Sanitation, dispensaries and jails vaccination Rajputana 1922-1927 - 1922-1927
Year: 1922
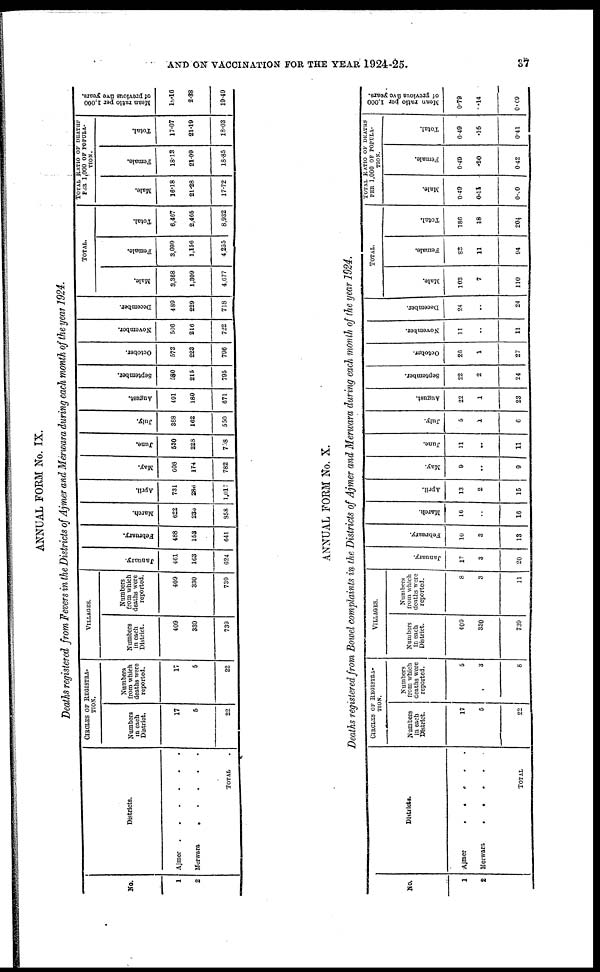
AND ON VACCINATION FOR THE YEAR 1924-25.
37
ANNUAL FORM No. IX.
Deaths registered from Fevers in the Districts of Ajmer and Merwara during each month of the year 1924.
No.
1
2
Districts.
Ajmer.
.
.
.
.
.
Merwara . . . . .
TOTAL .
CIRCLES OF REGISTRA¬
TION.
Numbers
in each
District.
17
5
22
Numbers
from which
deaths were
reported.
17
5
22
VILLAGES.
Numbers
in each
District.
409
330
739
Numbers
from which
deaths were
reported.
409
330
739
January.
461
163
624
February.
488
153
641
March.
622
236
858
April.
731
286
1,017
May.
608
174
782
June.
530
228
758
July.
388
162
550
August.
491
180
671
September.
580
215
795
October.
573
223
796
November.
506
216
722
December.
489
229
718
TOTAL.
Male.
3,368
1,309
4,677
Female.
3,099
1,156
4,255
Total.
6,467
2,465
8,932
TOTAL RATIO OF DEATHS
PER 1,000 OF POPULA¬
TION.
Male.
16.18
21.28
17.72
Female.
18.13
21.09
18.85
Total.
17.07
21.19
18.03
Mean ratio per 1,000
of previous five years.
18.16
2.38
19.49
ANNUAL FORM No. X.
Deaths registered from Bowel complaints in the Districts of Ajmer and Merwara during each month of the year 1924.
No.
1
2
Districts.
Ajmer.
.
.
.
.
Merwara
.
.
.
.
.
TOTAL
CIRCLES OF REGISTRA¬
TION.
Numbers
in each
District.
17
5
22
Numbers
from which
deaths were
reported.
5
3
8
VILLAGES.
Numbers
In each
District.
409
330
739
Numbers
from which
deaths were
reported.
8
3
11
January.
17
3
20
February.
10
3
13
March.
16
..
16
April.
13
2
15
May.
9
..
9
June.
11
..
11
July.
5
1
6
August.
22
1
23
September.
22
2
24
October.
26
1
27
November.
11
..
11
December.
24
..
24
TOTAL.
Male.
103
7
110
Female.
88
11
94
Total.
186
48
204
TOTAL RATIO OF DEATHS
PER 1,000 OF POPULA¬
TION.
Male.
0.49
0.11
0.40
Female.
0.49
.20
0.42
Total.
0.49
15
0.41
Mean ratio per 1,000
of previous five years.
0.79
.14
0.69